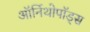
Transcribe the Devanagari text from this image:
ऑर्निथोपॉड्स